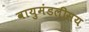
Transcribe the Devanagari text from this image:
वायुमंडलीसय